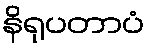
နိရုပတာပံ